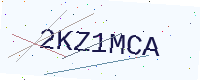
Text: 2KZ1MCA